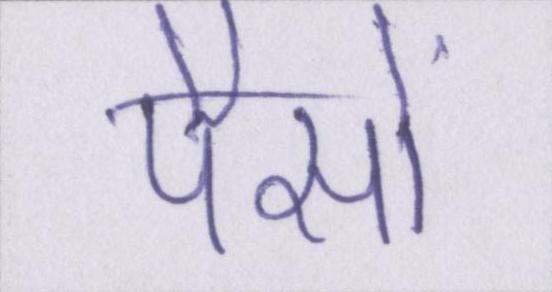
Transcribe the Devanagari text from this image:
पैसों